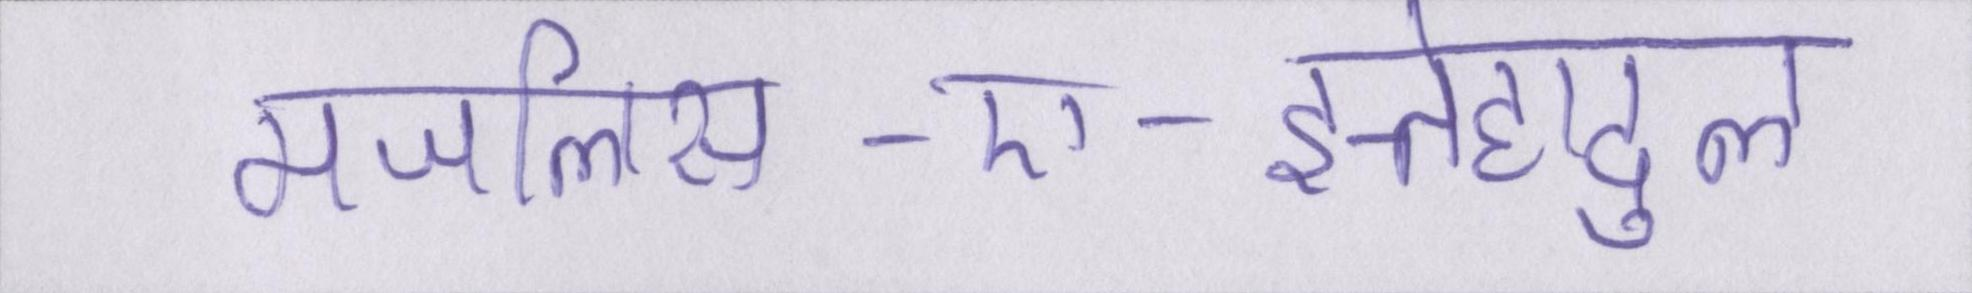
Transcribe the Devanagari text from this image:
मजलिस-ए-इत्तेहादुल